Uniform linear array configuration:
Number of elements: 32
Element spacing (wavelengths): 0.75
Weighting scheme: hamming
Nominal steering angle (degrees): -45
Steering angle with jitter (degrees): -45.581
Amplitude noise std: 0.05
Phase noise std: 0.05

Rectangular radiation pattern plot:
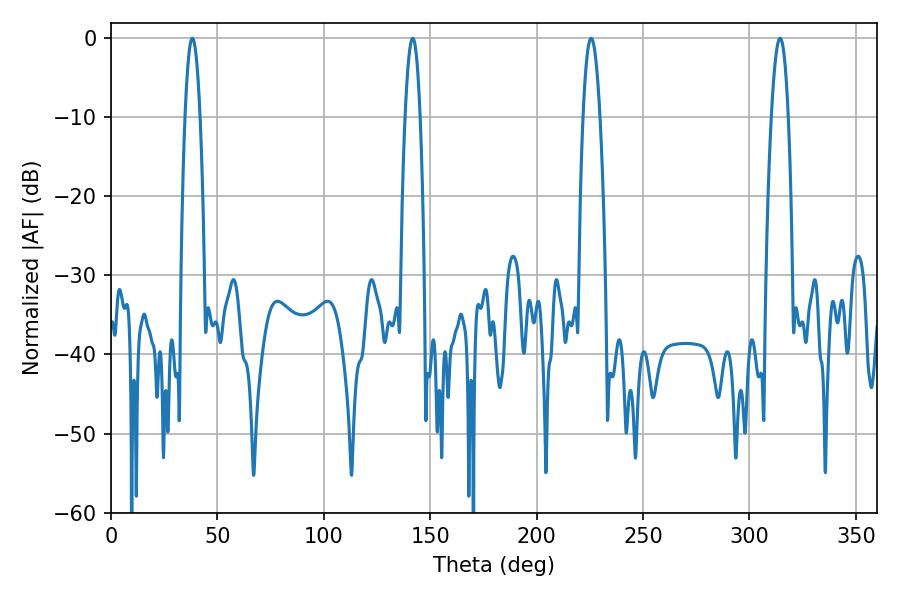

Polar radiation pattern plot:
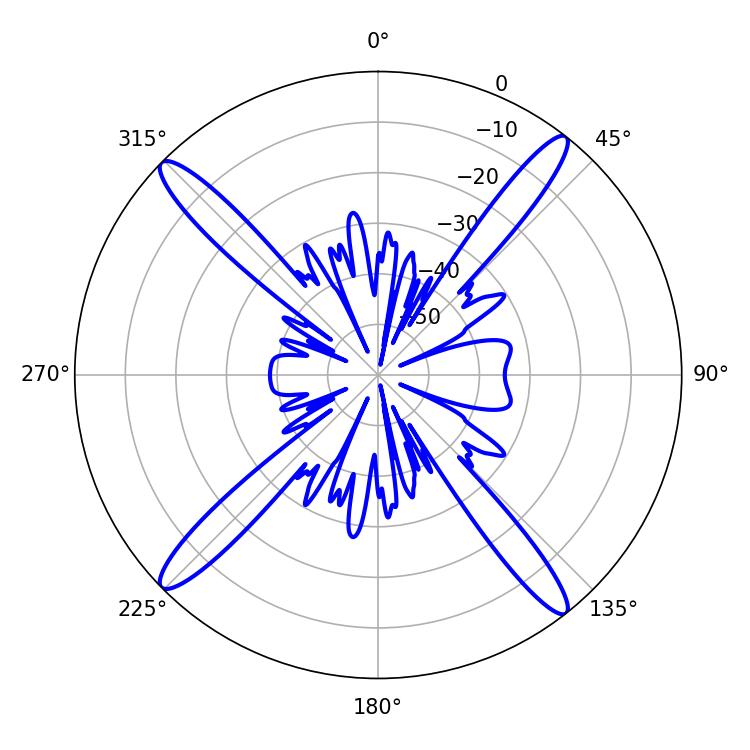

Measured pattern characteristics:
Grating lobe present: TRUE
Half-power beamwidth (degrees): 4.32
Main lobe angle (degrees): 225.54